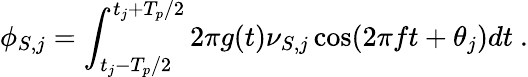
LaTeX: \phi_{S,j}=\int_{t_{j}-T_{p}/2}^{t_{j}+T_{p}/2}2\pi g(t)\nu_{S,j}\cos(2\pi ft+\theta_{j})dt\ .